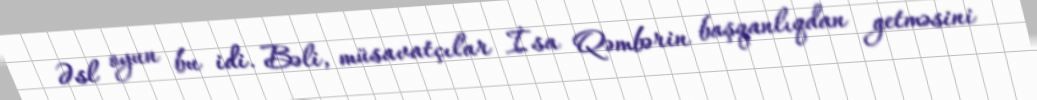
Əsl oyun bu idi. Bəli, müsavatçılar İsa Qəmbərin başqanlıqdan getməsini